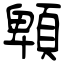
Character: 䫌